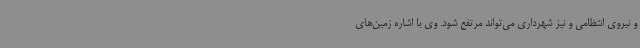
و نیروی انتظامی و نیز شهرداری می‌تواند مرتفع شود. وی با اشاره زمین‌های